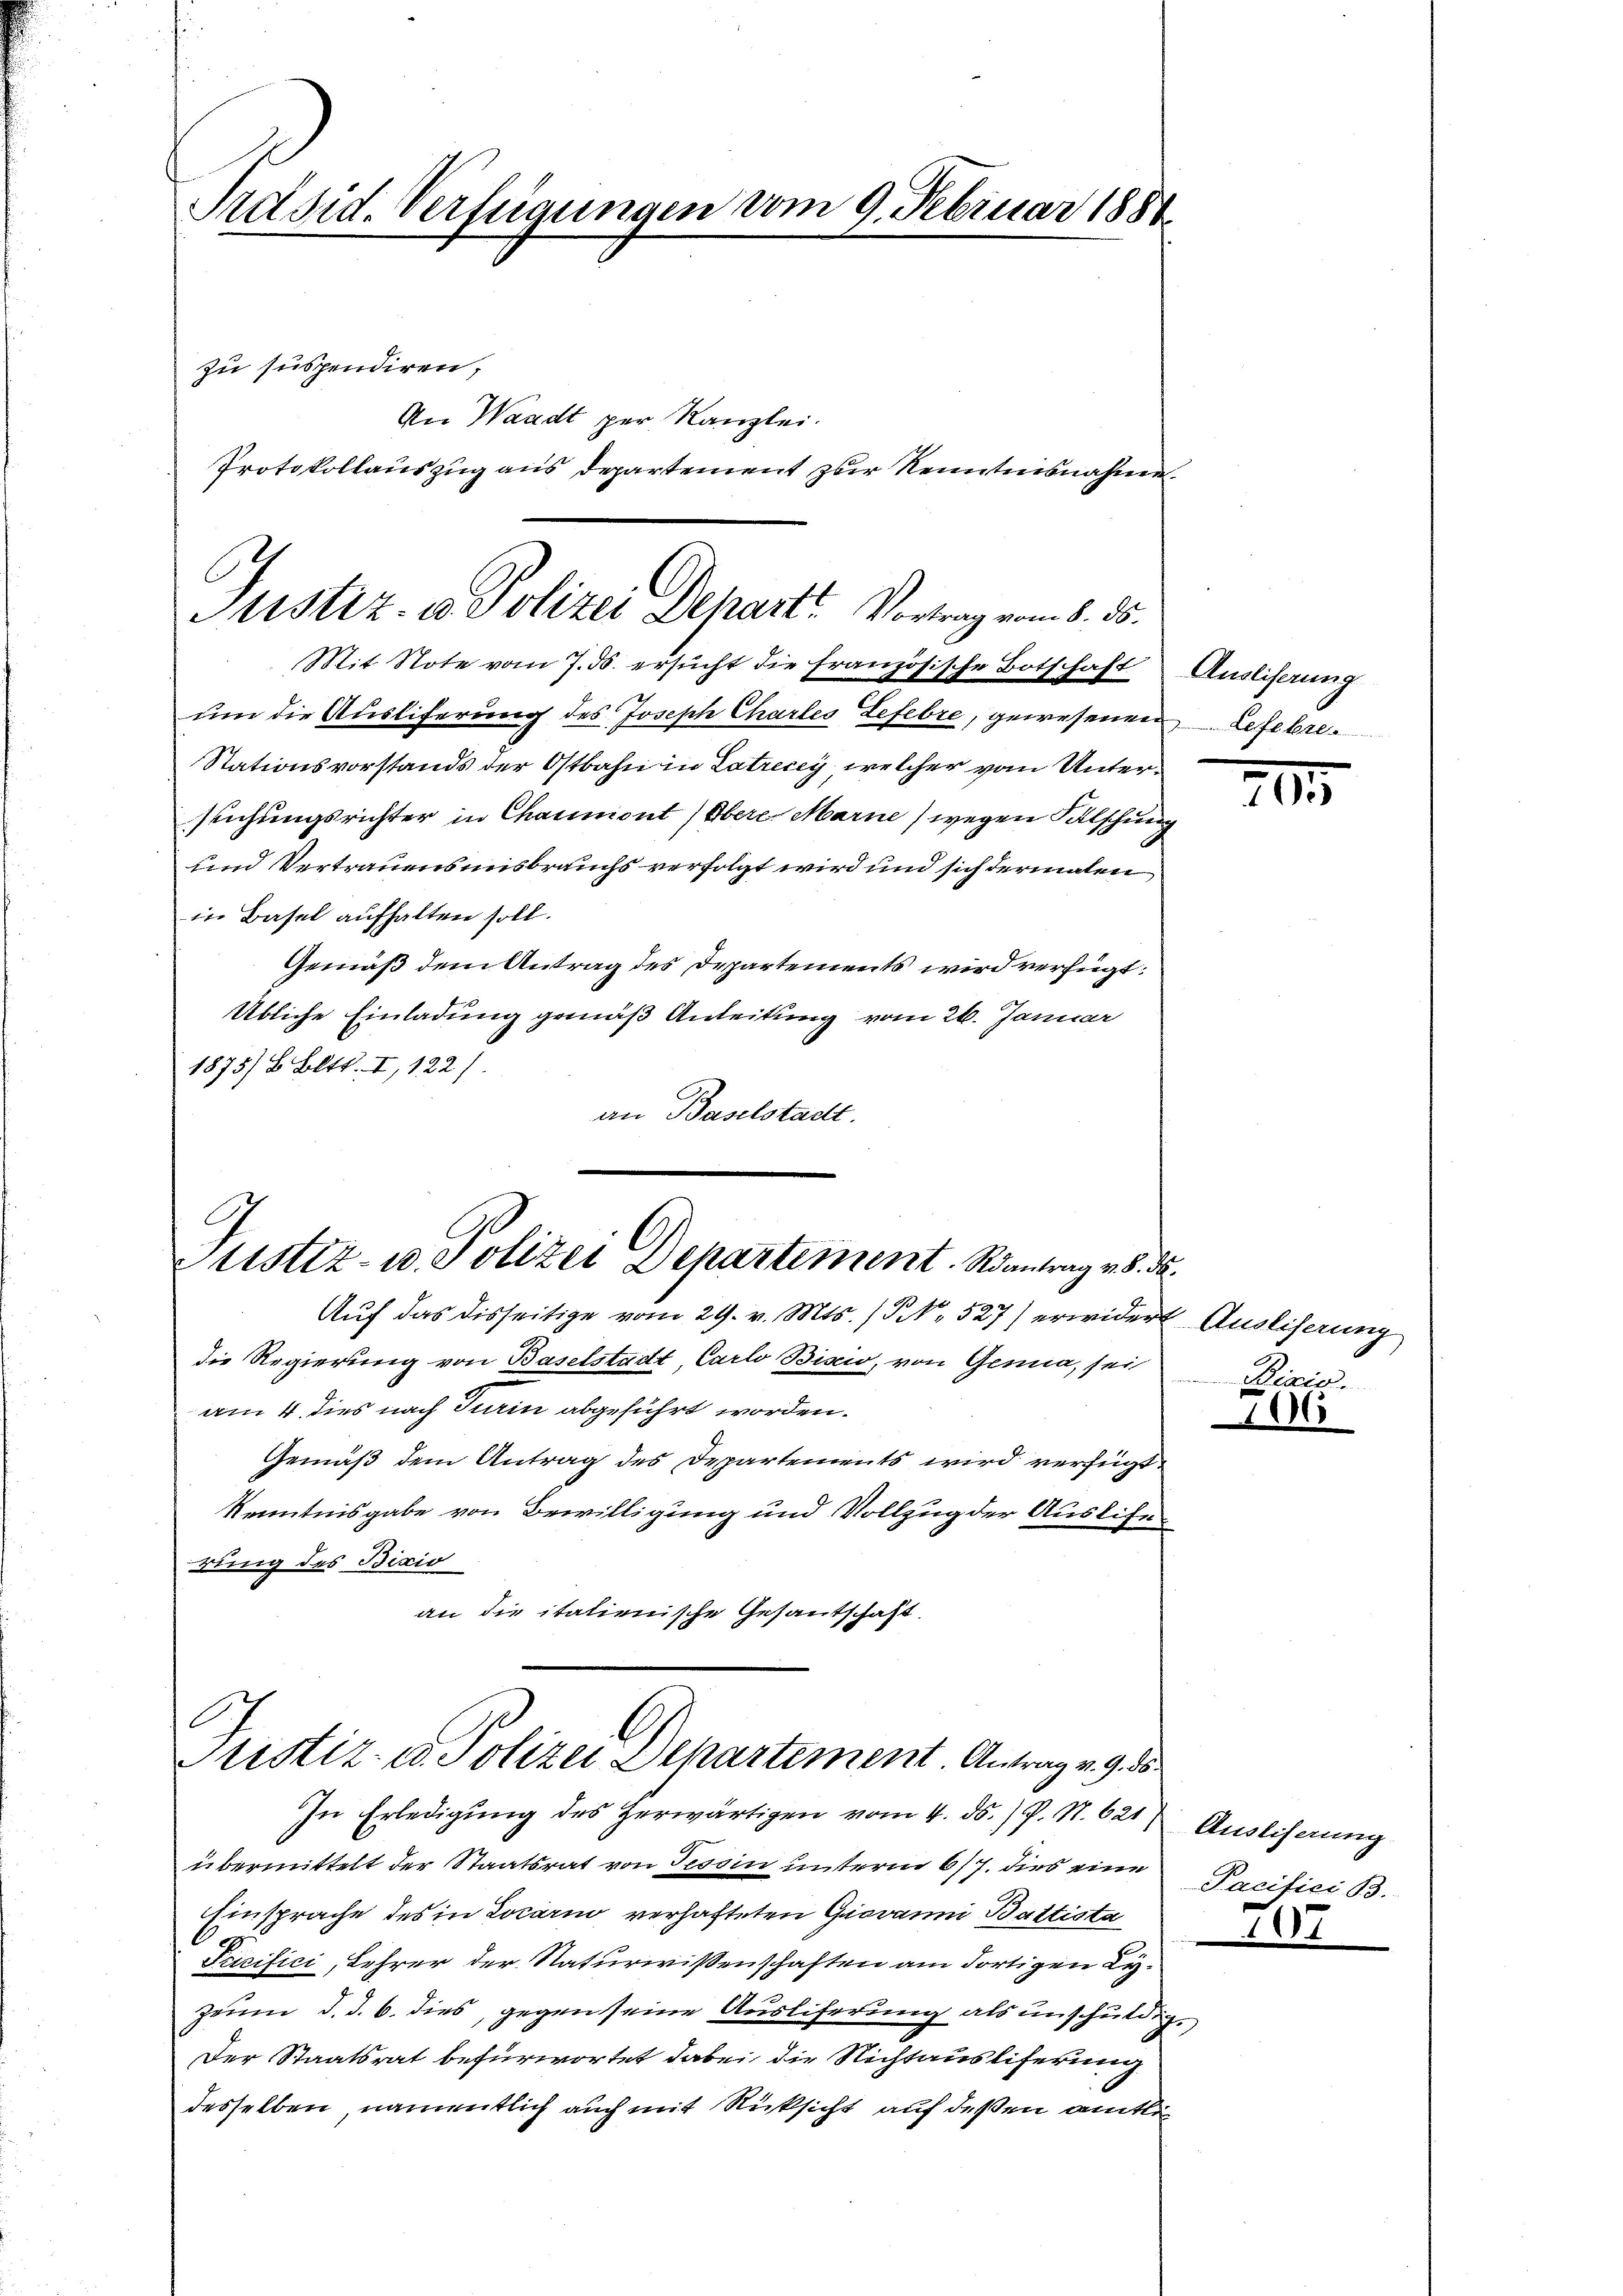
Präsid. Verfügungen vom 9. Februar 188.
zu suspendiren,
An Waadt per Kanzlei.
Protokollauszug aus Departement zur Kenntnisnahm

Justiz & Polizei Departe Vortrag vom 8. ds.
Mit Note vom 7. ds. ersucht die französische Botschaft

um die Ausliferung des Joseph Charles Lefevre, gewesenen Lefebre
Stationsvorstands der Ostbahn in Latrecey, welcher vom Untersuchungsrichter in Chaumont (Obere Marne) wegen Falschung
und Vertrauensmisbrauchs verfolgt wird und sich dermalen
in Basel aufhalten soll.
Gemäß dem Antrag des Departements wird verfügt:
Übliche Einladung gemäß Anleitung vom 26. Januar
1875/ B. Bett. I, 122).
an Baselstadt.

l
Justiz- u. Polizei Departement. Roantrag v. 8. d.

Justiz- u. Polizei Departement. Antrag v. 9. 5
In Erledigung des Zerwärtigen vom 4. ds. / P. N. 621) Ausliserung

Aŭf das disseitige vom 29. v. Mts. (T. 527) erwidert Ausliserung
die Regierung von Baselstadt, Carlo Biscio, von Genua, sei
am 4. dies nach Turin abgeführt worden.
Gemäß dem Antrag des Departements wird verfügt
Kenntnisgabe von Bewilligung und Vollzug der Auslife
rung des Bixio
an die italienische Gesantschaft.

Ausliserung

übermittelt der Staatsrat von Tessin unterm 6/7. dies eine
Einsprache des in Locari verhafteten Gravanni Battista
Scirifici, Lehrer der Naturwissenschaften am dortigen Lyzeum d. d. 6. dies, gegen seine Ausliferung als unschuldig.
Der Staatsrat befürwortet dabei, die Nichtausliferung
desselben, namentlich auch mit Rücksicht auf deßen amtlic

20

x

e

Pacifici B.